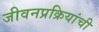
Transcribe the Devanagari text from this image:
जीवनप्रक्रियांची